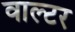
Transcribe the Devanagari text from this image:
वाल्‍टर